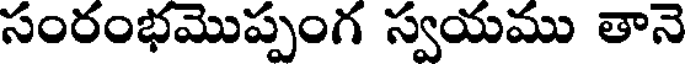
సంరంభమొప్పంగ స్వయము తానె